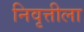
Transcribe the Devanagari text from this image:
निवृत्तीला